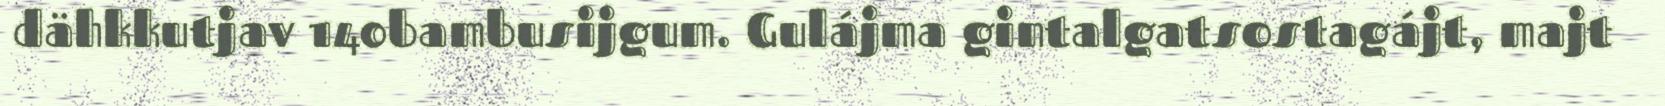
dähkkutjav 140bambusijgum. Gulájma gintalgatsostagájt, majt